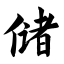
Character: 储